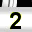
Digit: 2